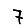
Digit: 7